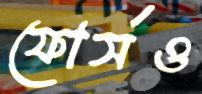
ফোর্সও